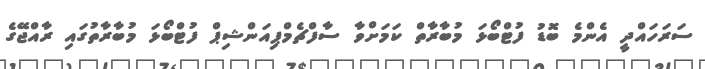
ސަރަހައްދީ އެންމެ ބޮޑު ފުޓްބޯޅަ މުބާރާތް ކަމަށްވާ ސާފްޗެމްޕިއަންޝިޕް ފުޓްބޯޅަ މުބާރާތުގައި ރާއްޖޭގެ